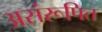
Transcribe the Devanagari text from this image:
असंरूपित